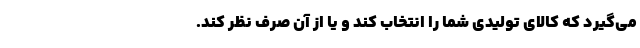
می‌گیرد که کالای تولیدی شما را انتخاب کند و یا از آن صرف نظر کند.